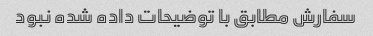
سفارش مطابق با توضیحات داده شده نبود